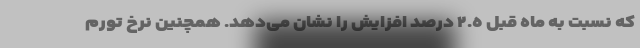
که نسبت به ماه قبل ٢.٥ درصد افزایش را نشان می‌دهد. همچنین نرخ تورم